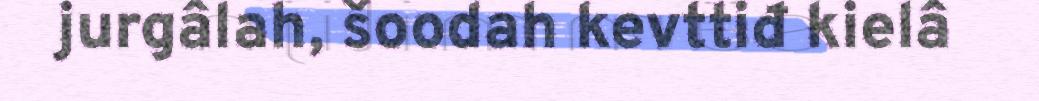
jurgâlah, šoodah kevttiđ kielâ